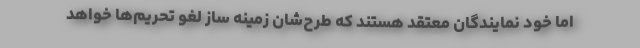
اما خود نمایندگان معتقد هستند که طرح‌شان زمینه ساز لغو تحریم‌ها خواهد